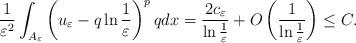
LaTeX: \begin{align*}\frac{1}{\varepsilon^2}\int_{A_\varepsilon}\left (u_\varepsilon-q\ln\frac{1}{\varepsilon}\right )^{p}qdx=\frac{2c_\varepsilon}{\ln\frac{1}{\varepsilon}}+O\left (\frac{1}{\ln\frac{1}{\varepsilon}}\right )\leq C.\end{align*}